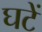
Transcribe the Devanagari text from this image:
घटें